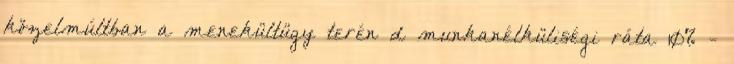
közelmúltban a menekültügy terén d munkanélküliségi ráta 10% -